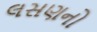
લસણનો